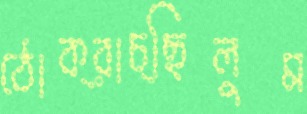
ঠোক্‌রাচ্ছিলুম